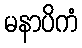
မနာပိကံ